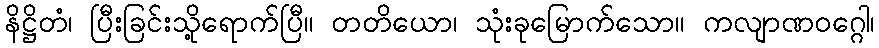
နိဋ္ဌိတံ၊ ပြီးခြင်းသို့ရောက်ပြီ။ တတိယော၊ သုံးခုမြောက်သော။ ကလျာဏဝဂ္ဂေါ၊